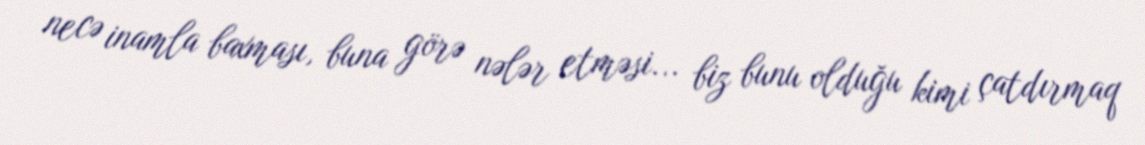
necə inamla baxması, buna görə nələr etməsi... biz bunu olduğu kimi çatdırmaq